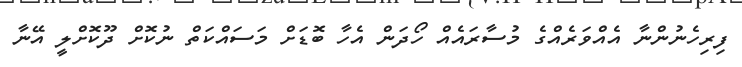
ފިރިހެނުންނާ އެއްވަރެއްގެ މުސާރައެއް ހޯދަން އެހާ ބޮޑަށް މަސައްކަތް ނުކޮށް ދޫކޮށްލީ އޭނާ